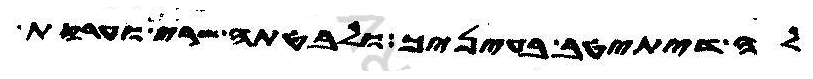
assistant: לה דיתיטב בעיניך ולבטתה שרי וערקת